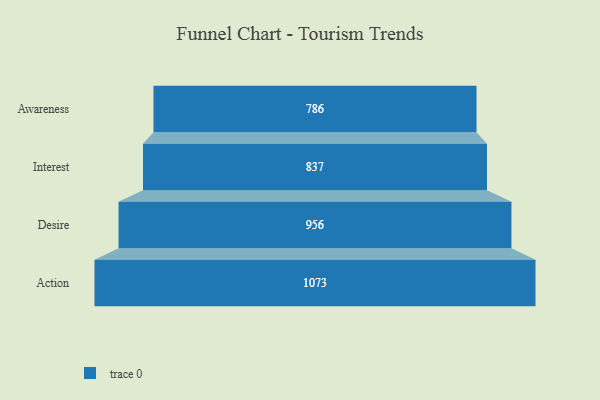
{"axis": {"x": "Stage", "y": "Value"}, "legend": [""], "data": [{"x": "Awareness", "y": 786.0, "type": ""}, {"x": "Interest", "y": 837.0, "type": ""}, {"x": "Desire", "y": 956.0, "type": ""}, {"x": "Action", "y": 1073.0, "type": ""}]}